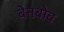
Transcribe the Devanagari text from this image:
बेनबोव